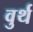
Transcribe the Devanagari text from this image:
वुर्थ